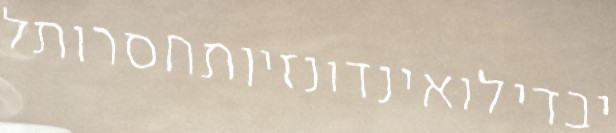
יבדילואינדונזיותחסרותל